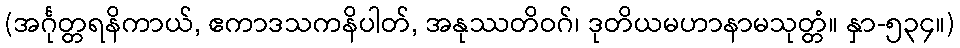
(အင်္ဂုတ္တရနိကာယ်, ဧကာဒသကနိပါတ်, အနုဿတိဝဂ်၊ ဒုတိယမဟာနာမသုတ္တံ။ နှာ-၅၃၄။)